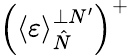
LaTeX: \left(\left\langle\varepsilon\right\rangle_{\hat{N}}^{\perp N^{\prime}}\right)^{+}